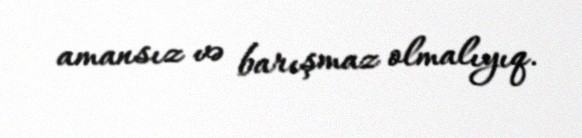
amansız və barışmaz olmalıyıq.